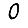
Digit: 0